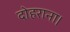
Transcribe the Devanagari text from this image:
दोहराना।